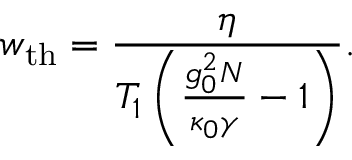
w _ { \mathrm { t h } } = \frac { \eta } { T _ { 1 } \left( \frac { g _ { 0 } ^ { 2 } N } { \kappa _ { 0 } \gamma } - 1 \right) } .